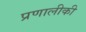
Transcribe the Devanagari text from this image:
प्रणालीकी